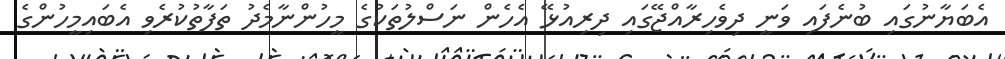
އެބަޔާނުގައި ބުނެފައި ވަނީ ދިވެހިރާއްޖޭގައި ދިރިއުޅޭ އެހެން ނަސްލުތަކުގެ މީހުންނާމެދު ތަފާތުކުރެވި އެބައިމީހުންގެ